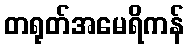
တရုတ်အမေရိကန်